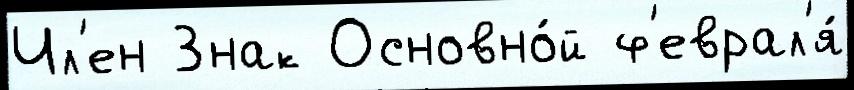
Чл'ен Знак Основно́й ф'еврал'я́